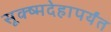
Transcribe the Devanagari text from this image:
सूक्ष्मदेहापर्यंत